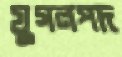
যুগলপদ